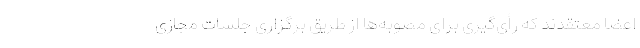
اعضا معتقدند که رأی‌گیری برای مصوبه‌ها از طریق برگزاری جلسات مجازی